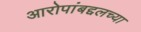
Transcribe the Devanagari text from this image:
आरोपांबद्दलच्या